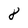
Character: 8